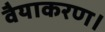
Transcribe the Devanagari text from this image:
वैयाकरण।